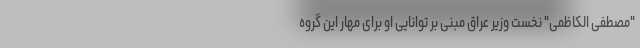
"مصطفی الکاظمی" نخست وزیر عراق مبنی بر توانایی او برای مهار این گروه